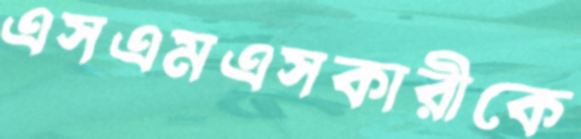
এসএমএসকারীকে